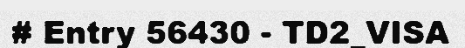
# Entry 56430 - TD2_VISA